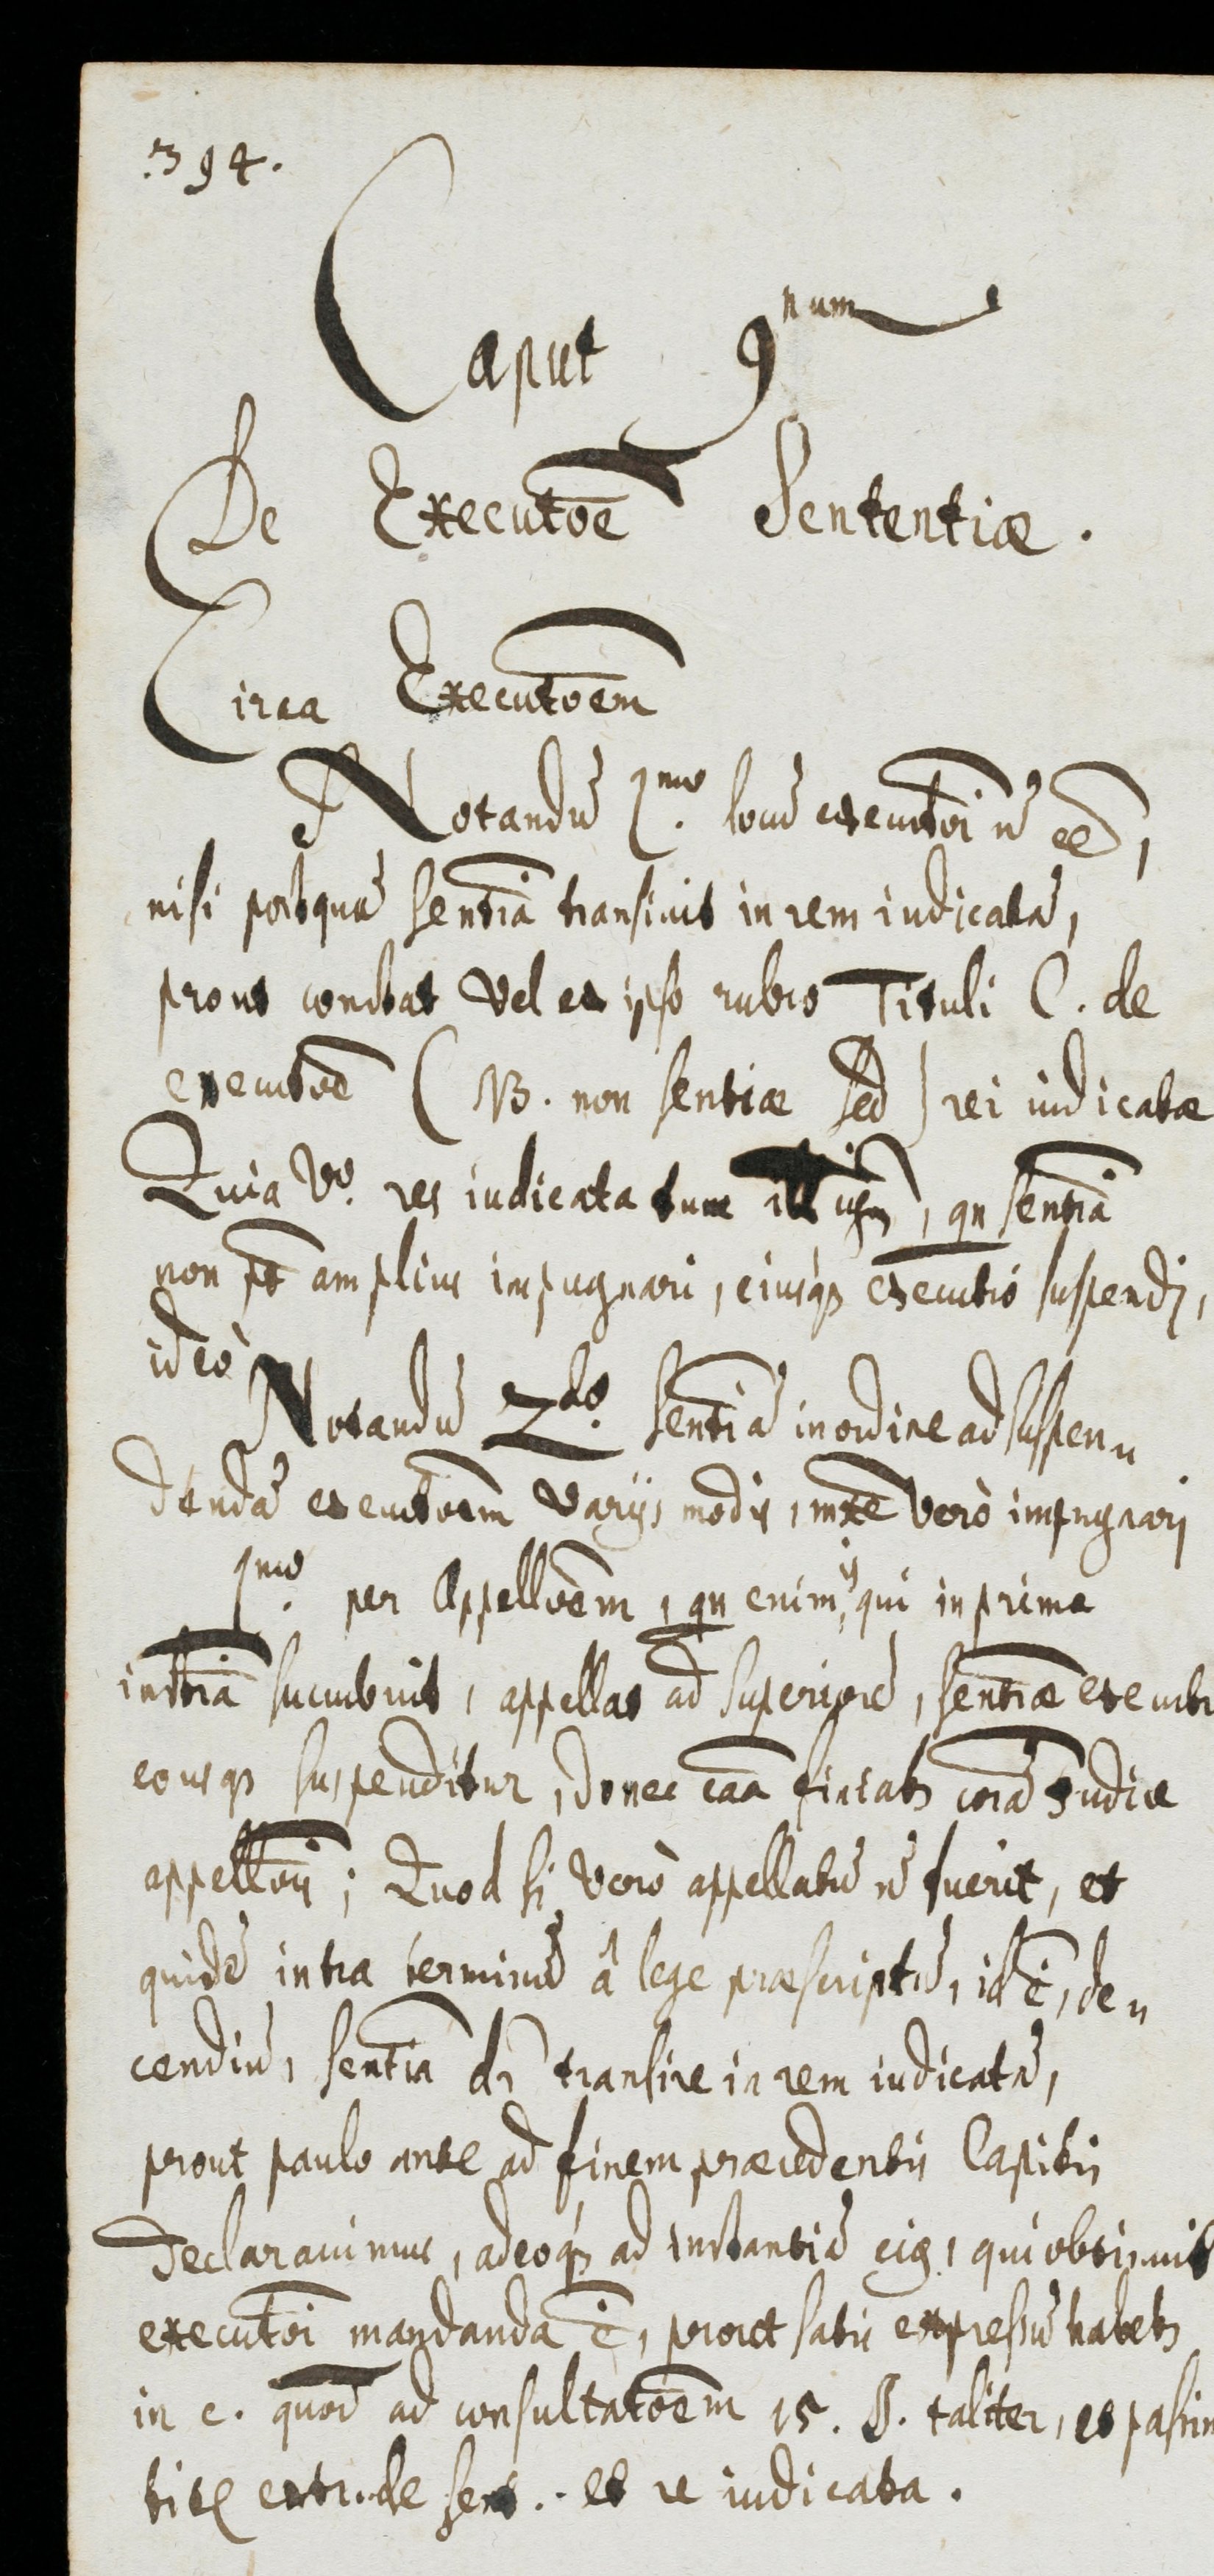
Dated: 1655–1655